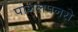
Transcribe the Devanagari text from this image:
पागलपनसे